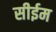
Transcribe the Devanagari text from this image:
सीईम